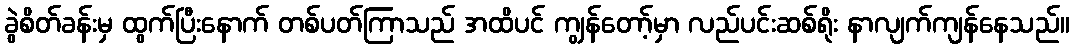
ခွဲစိတ်ခန်းမှ ထွက်ပြီးနောက် တစ်ပတ်ကြာသည် အထိပင် ကျွန်တော့်မှာ လည်ပင်းဆစ်ရိုး နာလျက်ကျန်နေသည်။